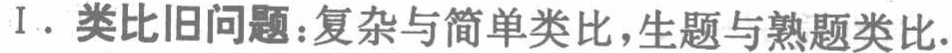
Ⅰ. 类比旧问题：复杂与简单类比，生题与熟题类比.